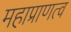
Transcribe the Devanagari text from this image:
महाप्राणत्व